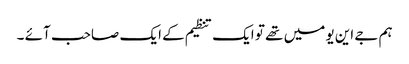
ہم جے این یو میں تھے تو ایک تنظیم کے ایک صاحب آئے ۔